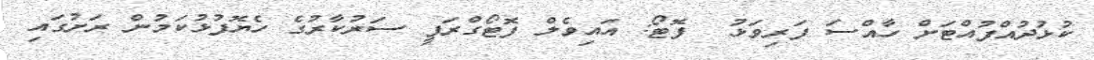
ކުޅުދުއްފުއްޓަށް ހާއްސަ ފަރިވަޅު  ފޮޓޯ: އައިވެލް ފޮޓޯގްރަފީ ސަރުކާރުގެ ހެޔޮފުޅުކަމުން ރަށުގައި